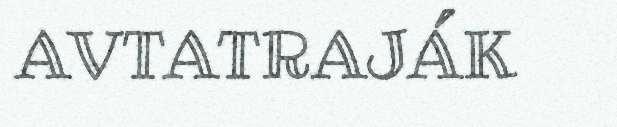
AVTATRAJÁK